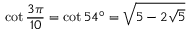
\cot { \frac { 3 \pi } { 1 0 } } = \cot 5 4 ^ { \circ } = { \sqrt { 5 - 2 { \sqrt { 5 } } } }